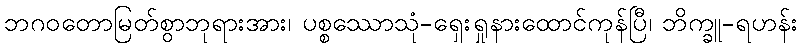
ဘဂဝတောမြတ်စွာဘုရားအား၊ ပစ္စဿောသုံ-ရှေးရှုနားထောင်ကုန်ပြီ၊ ဘိက္ခူ-ရဟန်း